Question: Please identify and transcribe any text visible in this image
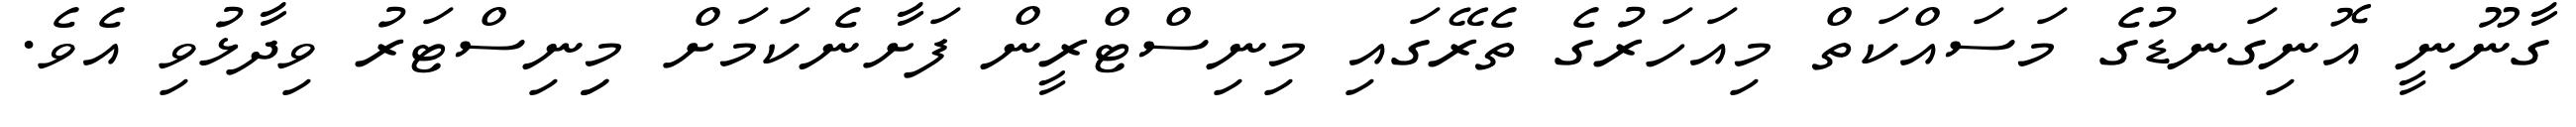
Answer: ގާނޫނީ އޮނިގަނޑުގެ މަސައްކަތް މިއަހަރުގެ ތެރޭގައި މިނިސްޓްރީން ފަށާނެކަމަށް މިިނިސްޓަރު ވިދާޅުވި އެވެ.